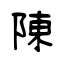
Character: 陳